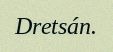
Dretsán.